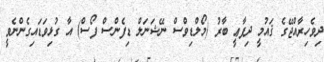
ދިވެހިރާއްޖޭގެ ޤައުމީ ދިފާޢީ ބާރު (މޯލްޑިވްސް ނޭޝަނަލް ޑިފެންސް ފޯސް) އާ ގުޅިވަޑައިގެންނެވީ